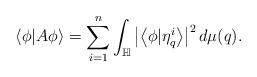
LaTeX: \begin{align*} \left\langle \phi|A\phi\right\rangle=\sum_{i=1}^{n}\int_{\mathbb{H}}\left|\left\langle \phi|\eta_{q}^{i}\right\rangle\right|^{2} d\mu(q). \end{align*}